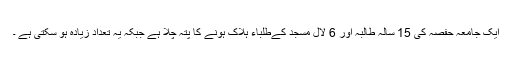
ایک جامعہ حفصہ کی 15 سالہ طالبہ اور 6 لال مسجد کےطلباء ہلاک ہونے کا پتہ چلا ہے جبکہ یہ تعداد زیادہ ہو سکتی ہے ۔